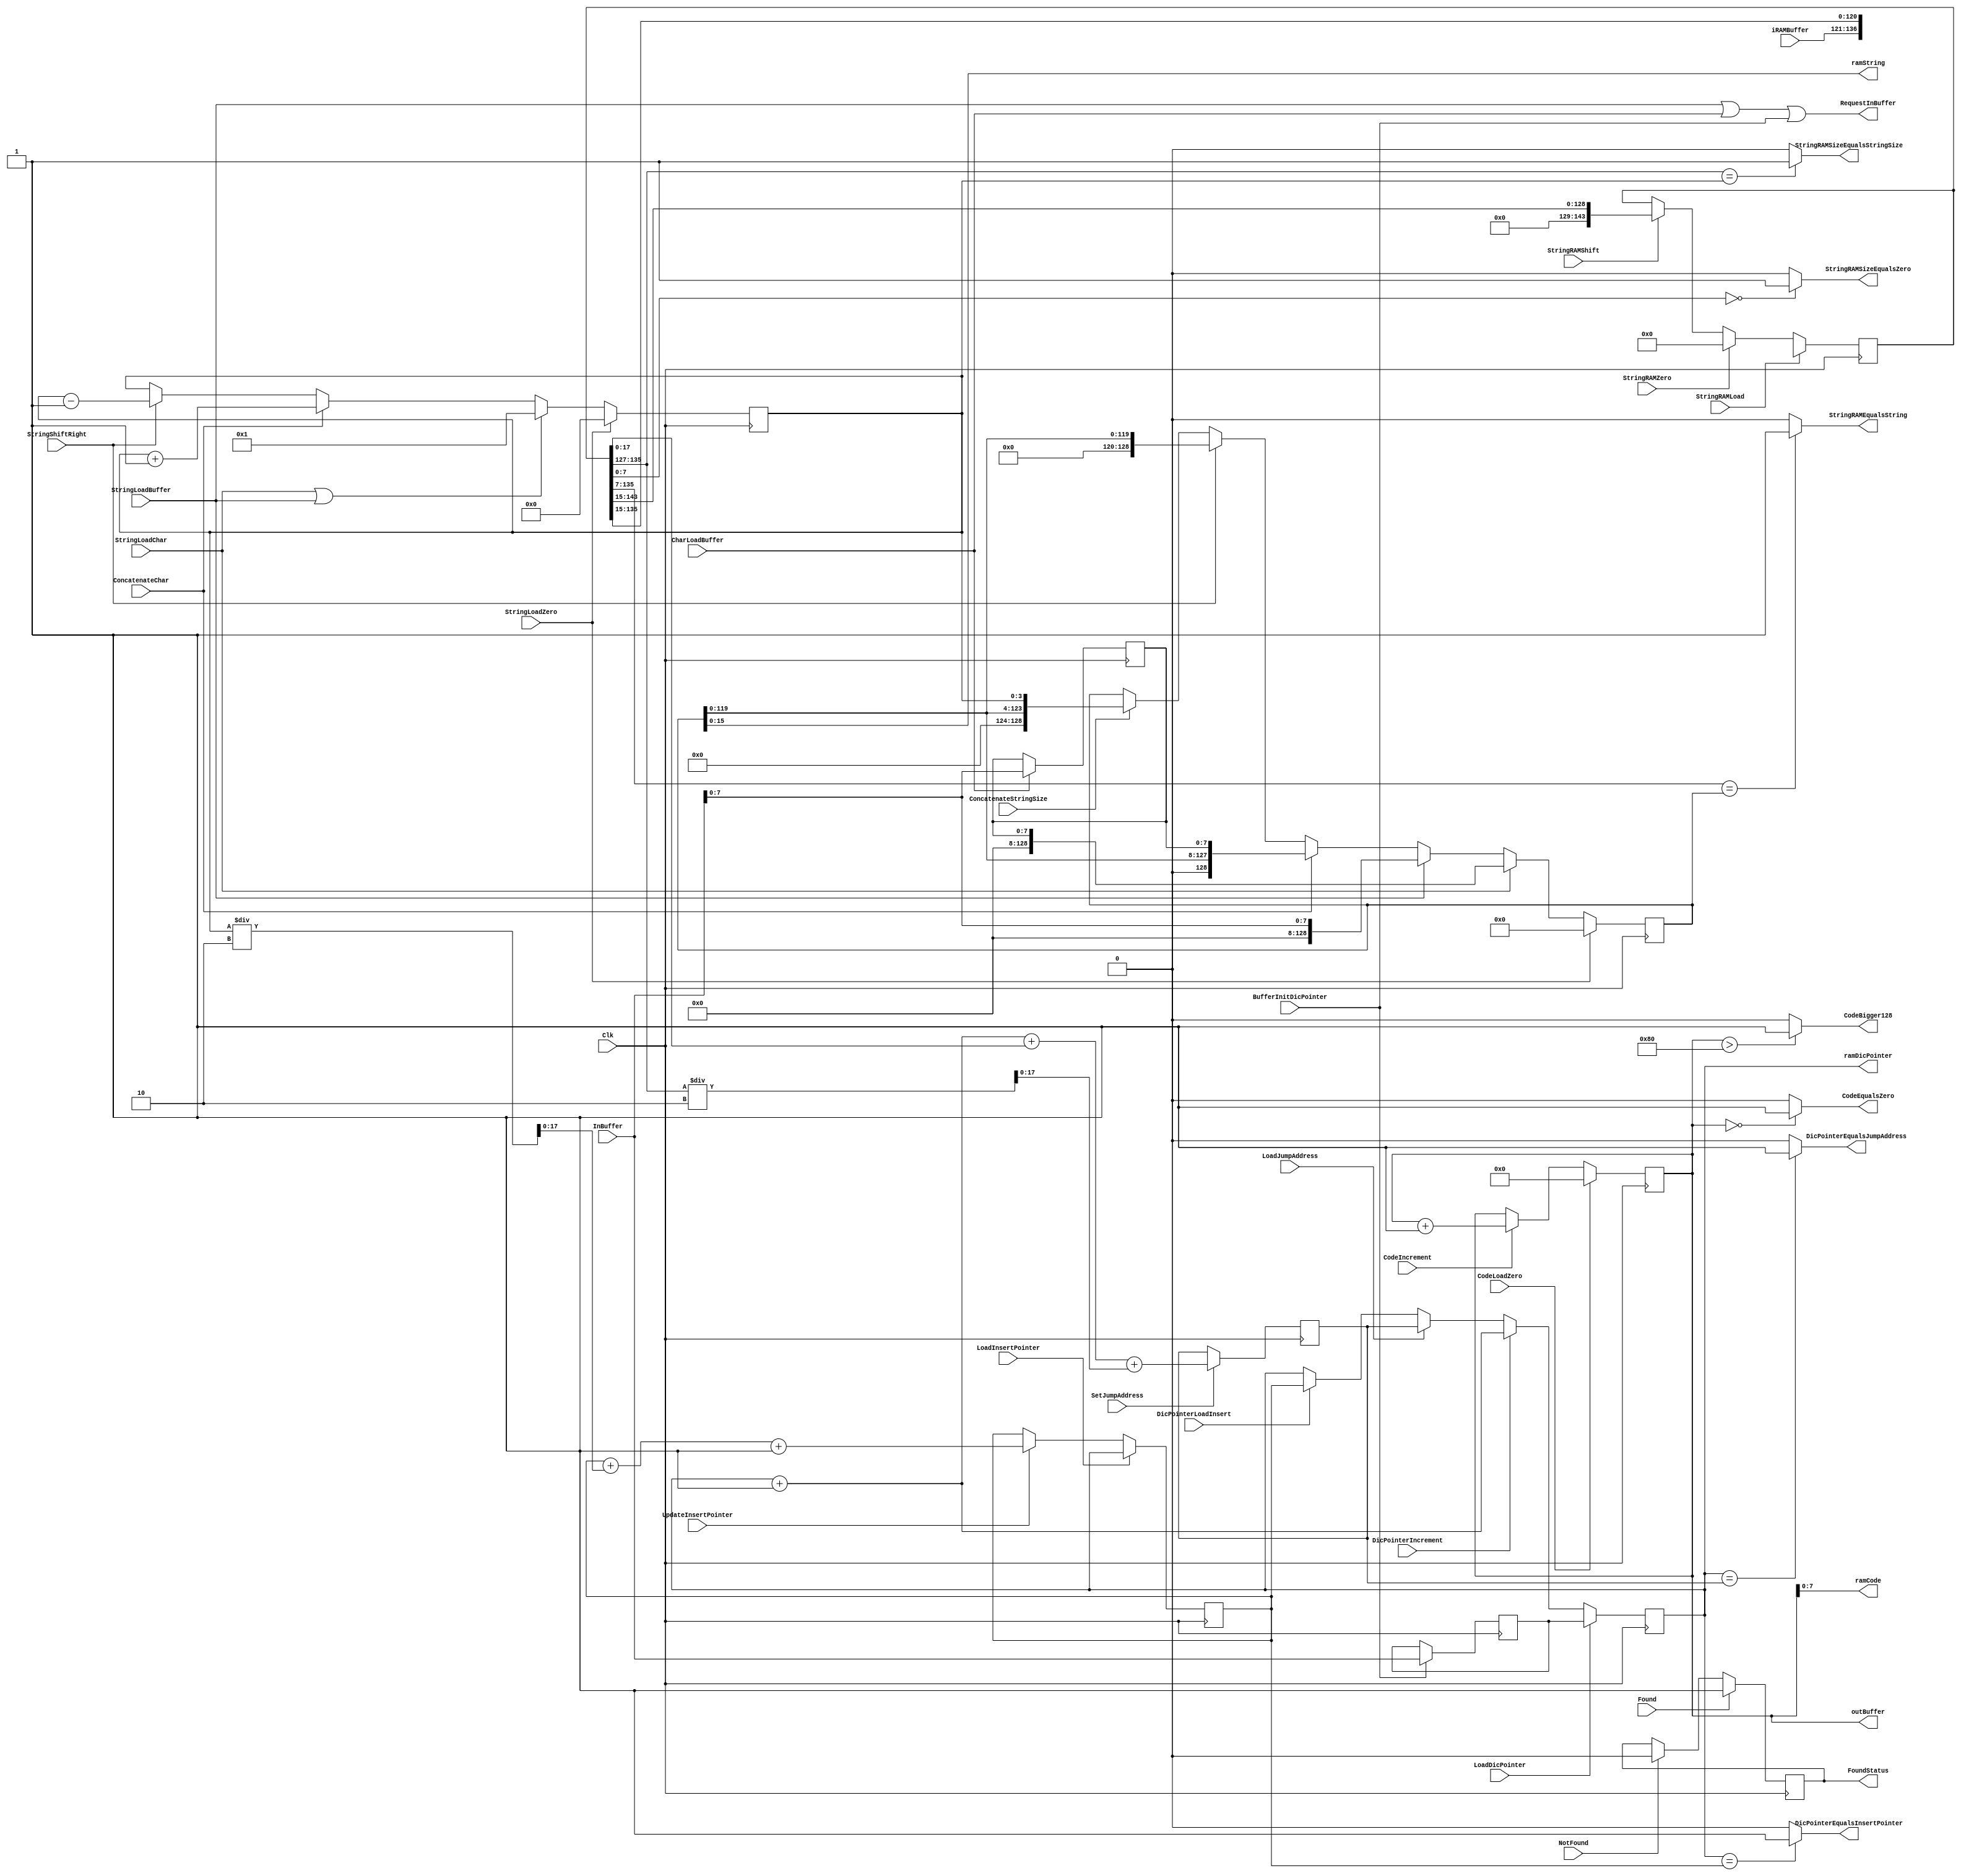
module Registers(
	input  wire 	   Clk,
	input  wire [17:0] InBuffer,
	input  wire [15:0] iRAMBuffer,
	output wire [11:0] outBuffer,
	output wire        RequestInBuffer,

// **************** Control for String *************************************
	input wire StringLoadZero,
	input wire StringLoadChar,
	input wire StringLoadBuffer,
	input wire ConcatenateChar,
	input wire StringShiftRight,
	input wire ConcatenateStringSize,

// **************** Control for Insert Pointer *************************
	input wire LoadInsertPointer,
	input wire UpdateInsertPointer,

// **************** Control for Code ***********************************
	input wire CodeLoadZero,
	input wire CodeIncrement,	 		
	
// **************** Control for Found **********************************
	input wire NotFound,
	input wire Found,

// **************** Control for Char ***********************************
	input wire CharLoadBuffer,

// **************** Control for Init Dictionary Pointer ****************
	input wire BufferInitDicPointer,

// **************** Control for Dictionary Pointer *********************
	input wire LoadDicPointer,
	input wire DicPointerIncrement,
	input wire LoadJumpAddress,
	input wire DicPointerLoadInsert,

// **************** Control for StringRAM ******************************
	input wire StringRAMLoad,
	input wire StringRAMZero,
	input wire StringRAMShift,

// **************** Control for Jumping Address ************************
	input wire SetJumpAddress,

// ****************** Jump conditions **********************************
	output wire	DicPointerEqualsInsertPointer,
	output wire	StringRAMSizeEqualsStringSize,
	output wire	DicPointerEqualsJumpAddress,
	output wire	StringRAMSizeEqualsZero,
	output wire	StringRAMEqualsString,
	output wire	CodeBigger128,
	output wire	CodeEqualsZero,
	output wire FoundStatus,
	
// ********************* Data to RAM ***********************************	
	output wire [7:0]  ramCode,
	output wire [15:0] ramString,
	output wire [17:0] ramDicPointer
);

//**********************************************************************
//**************************  Conditions *******************************
//**********************************************************************
assign DicPointerEqualsInsertPointer 	= (DicPointer == InsertPointer)? 1'b1:1'b0;
assign StringRAMSizeEqualsStringSize 	= (StringRAM[135:127] == StringSize)? 1'b1:1'b0;
assign DicPointerEqualsJumpAddress	  	= (DicPointer == JumpAddress)? 1'b1:1'b0;	
assign StringRAMSizeEqualsZero	  		= (StringRAM[7:0] == 0)? 1'b1:1'b0;
assign StringRAMEqualsString		  	= (StringRAM[135:7] == String)? 1'b1:1'b0;
assign CodeBigger128				  	= (Code > 12'd128)? 1'b1:1'b0;
assign CodeEqualsZero				  	= (Code == 0)? 1'b1:1'b0;
assign FoundStatus                      = FoundRegister;

//**********************************************************************
//*************************   Data to RAM  *****************************
//**********************************************************************

assign ramCode       = Code[7:0];
assign ramString     = String[15:0];
assign ramDicPointer = DicPointer;

//**********************************************************************
//***********************   Data to Buffer  ****************************
//**********************************************************************

assign outBuffer        = Code;
assign RequestInBuffer  = StringLoadBuffer | CharLoadBuffer | BufferInitDicPointer;

//**********************************************************************
//**************************  Registers *******************************
//**********************************************************************
reg [17:0]  JumpAddress;
reg	[143:0] StringRAM;
reg	[17:0]  DicPointer;
reg	[17:0]  InitDicPointer;
reg	[7:0]   Char;
reg         FoundRegister;
reg	[11:0]  Code;
reg	[17:0]  InsertPointer;
reg	[3:0] 	StringSize;
reg	[128:0] String;

// *************** String Size manage **********************************
always@(posedge Clk)
begin
	if(StringLoadZero)	
	begin
		StringSize = 4'b0;	
	end
	else if (StringLoadChar || StringLoadBuffer)
	begin
		StringSize = 4'd1;	
	end
	else if (ConcatenateChar)
	begin
		StringSize = StringSize+1;
	end
	else if (StringShiftRight)
	begin
		StringSize = StringSize-1;
	end	

end
//**********************************************************************


// *************** String manage ***************************************
always@(posedge Clk)
begin
	if(StringLoadZero)	
	begin
		String = 128'b0;	
	end
	
	else if (StringLoadChar)
	begin
		String = {120'b0,Char};	
	end
	
	else if (StringLoadBuffer)
	begin
		String = {120'b0, InBuffer[7:0]};	
	end
	
	else if (ConcatenateChar)
	begin
		String = {String[119:0],Char};
	end
	
	else if (StringShiftRight)
	begin
		String = {8'b0,String[119:0]};
	end	
	
	else if (ConcatenateStringSize)
	begin
		String = {String[119:0],StringSize};
	end	

end
//**********************************************************************

// *************** Insert Pointer manage *******************************
always@(posedge Clk)
begin
	if(LoadInsertPointer)	
	begin
		InsertPointer = DicPointer;	
	end
	
	else if (UpdateInsertPointer)
	begin
		InsertPointer = InsertPointer+ StringSize/2 +1;	
	end
end
//**********************************************************************

// *************** Code Manage 	****************************************
always@(posedge Clk)
begin
	if(CodeLoadZero)	
	begin
		Code = 12'b0;	
	end
	
	else if (CodeIncrement)
	begin
		Code = Code +1;	
	end
end
//**********************************************************************


// *************** Found Manage 	************************************
always@(posedge Clk)
begin
	if(Found)	
	begin
		FoundRegister = 1'b1;	
	end
	
	else if (NotFound)
	begin
		FoundRegister =  1'b0;	
	end
end
//**********************************************************************

// *************** Char Manage 	****************************************
always@(posedge Clk)
begin
	if(CharLoadBuffer)	
	begin
		Char = InBuffer[7:0];	
	end
end
//**********************************************************************

// *************** Init Dictionary Pointer Manage 	********************
always@(posedge Clk)
begin
	if(BufferInitDicPointer)	
	begin
		InitDicPointer = InBuffer;	
	end
end
//**********************************************************************

// *************** Dictionary Pointer Manager **************************
always@(posedge Clk)
begin
	if(LoadDicPointer)	
	begin
		DicPointer = InitDicPointer;	
	end
	
	else if (DicPointerIncrement)
	begin
		DicPointer = DicPointer + 1;	
	end
	
	else if (LoadJumpAddress)
	begin
		DicPointer = JumpAddress;	
	end
	else if (DicPointerLoadInsert)
		DicPointer = InsertPointer;
end
//**********************************************************************

// *************** Jump Address Manage 	********************************
always@(posedge Clk)
begin
	if(SetJumpAddress)	
	begin
		JumpAddress = DicPointer + 1 + StringRAM + StringRAM[135:127]/2;	
	end
end
//**********************************************************************

// *************** StringRAM Manager ***********************************
always@(posedge Clk)
begin
	if(StringRAMLoad)	
	begin
		StringRAM = {iRAMBuffer[17:0],StringRAM[135:15]};	
	end
	
	else if (StringRAMZero)
	begin
		StringRAM = 144'b0;	
	end
	
	else if (StringRAMShift)
	begin
		StringRAM = {16'b0,StringRAM[143:15]};	
	end
end
//**********************************************************************


endmodule